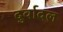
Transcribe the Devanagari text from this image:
दुर्वादल